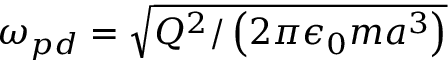
\omega _ { p d } = \sqrt { Q ^ { 2 } / \left( 2 \pi \epsilon _ { 0 } m a ^ { 3 } \right) }